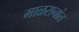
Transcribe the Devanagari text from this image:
माळरानांत